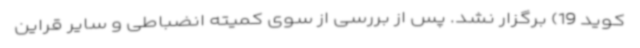
کوید 19) برگزار نشد. پس از بررسی از سوی کمیته انضباطی و سایر قراین